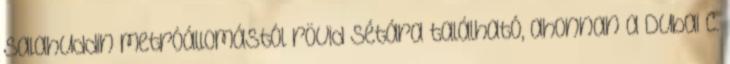
Salahuddin metróállomástól rövid sétára található, ahonnan a Dubai C.